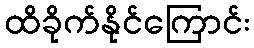
ထိခိုက်နိုင်ကြောင်း